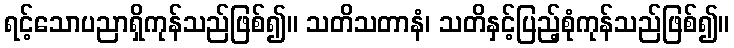
ရင့်သောပညာရှိကုန်သည်ဖြစ်၍။ သတိသတာနံ၊ သတိနှင့်ပြည့်စုံကုန်သည်ဖြစ်၍။